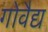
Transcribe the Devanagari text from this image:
गोवैद्य